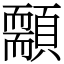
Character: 䫱